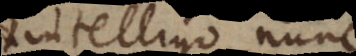
(intelligo nunc